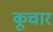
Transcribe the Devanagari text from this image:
कूचार